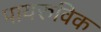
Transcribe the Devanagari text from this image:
पायरुविक